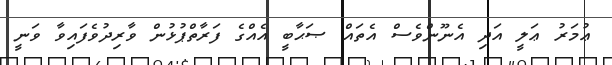
ޢުމަރު ޢަލީ އަދި އެނޫންވެސް އެތައް ޞަޙާބީ އެއްގެ ފަރާތްޕުޅުން ވާރިދުވެފައިވާ ވަނީ